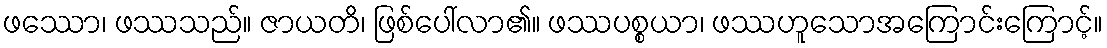
ဖဿော၊ ဖဿသည်။ ဇာယတိ၊ ဖြစ်ပေါ်လာ၏။ ဖဿပစ္စယာ၊ ဖဿဟူသောအကြောင်းကြောင့်။